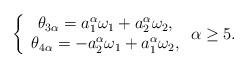
LaTeX: \begin{align*}\left\{\begin{array}{cc}\theta_{3\alpha}=a^{\alpha}_1\omega_1+a^{\alpha}_2\omega_2,\\\theta_{4\alpha}=-a^{\alpha}_2\omega_1+a^{\alpha}_1\omega_2,\\\end{array}\right.\alpha\geq5.\end{align*}